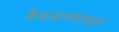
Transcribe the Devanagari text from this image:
वैजनाथपासून